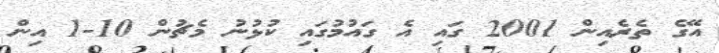
އޭގެ ތެރެއިން 2001 ގައި އެ ގައުމުގައި ކުޅުނު މެޗުން 10-1 އިން